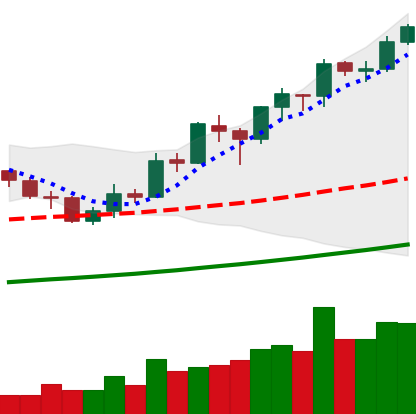
Ticker: BNB-USD
Chart end date: 2019-05-25
Forward return: -7.88%
Label: down_7plus